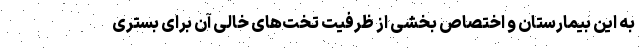
به این بیمارستان و اختصاص بخشی از ظرفیت تخت‌های خالی آن برای بستری